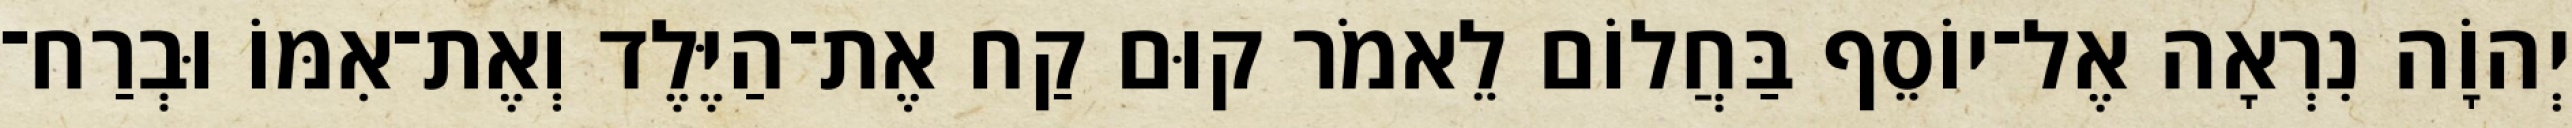
יְהוָֹה נִרְאָה אֶל־יוֹסֵף בַּחֲלוֹם לֵאמֹר קוּם קַח אֶת־הַיֶּלֶד וְאֶת־אִמּוֹ וּבְרַח־